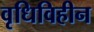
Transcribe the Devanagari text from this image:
वृधिविहीन